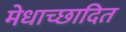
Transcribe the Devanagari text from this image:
मेधाच्छादित